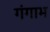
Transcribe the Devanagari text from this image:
गंगाभ